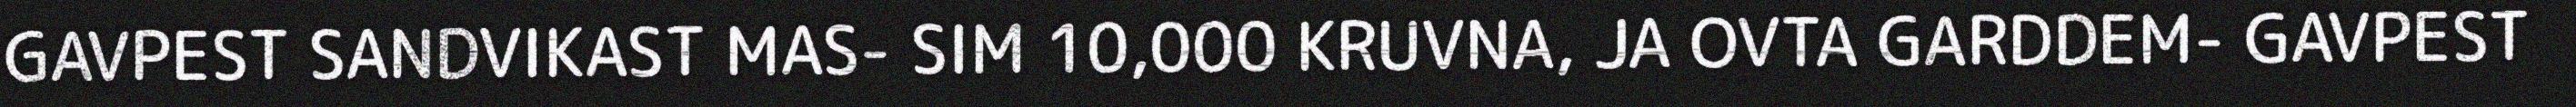
GAVPEST SANDVIKAST MAS- SIM 10,000 KRUVNA, JA OVTA GARDDEM- GAVPEST